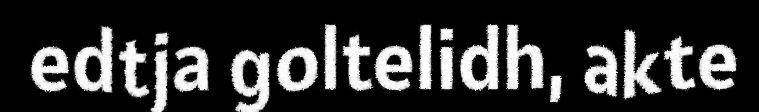
edtja goltelidh, akte